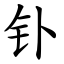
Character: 钋